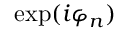
\exp ( i \varphi _ { n } )